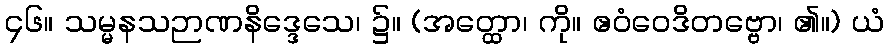
၄၆။ သမ္မနသဉာဏနိဒ္ဒေသေ၊ ၌။ (အတ္ထော၊ ကို။ ဧဝံဝေဒိတဗ္ဗော၊ ၏။) ယံ